Jaan_Tonisson_(Lasteleht), lk 56
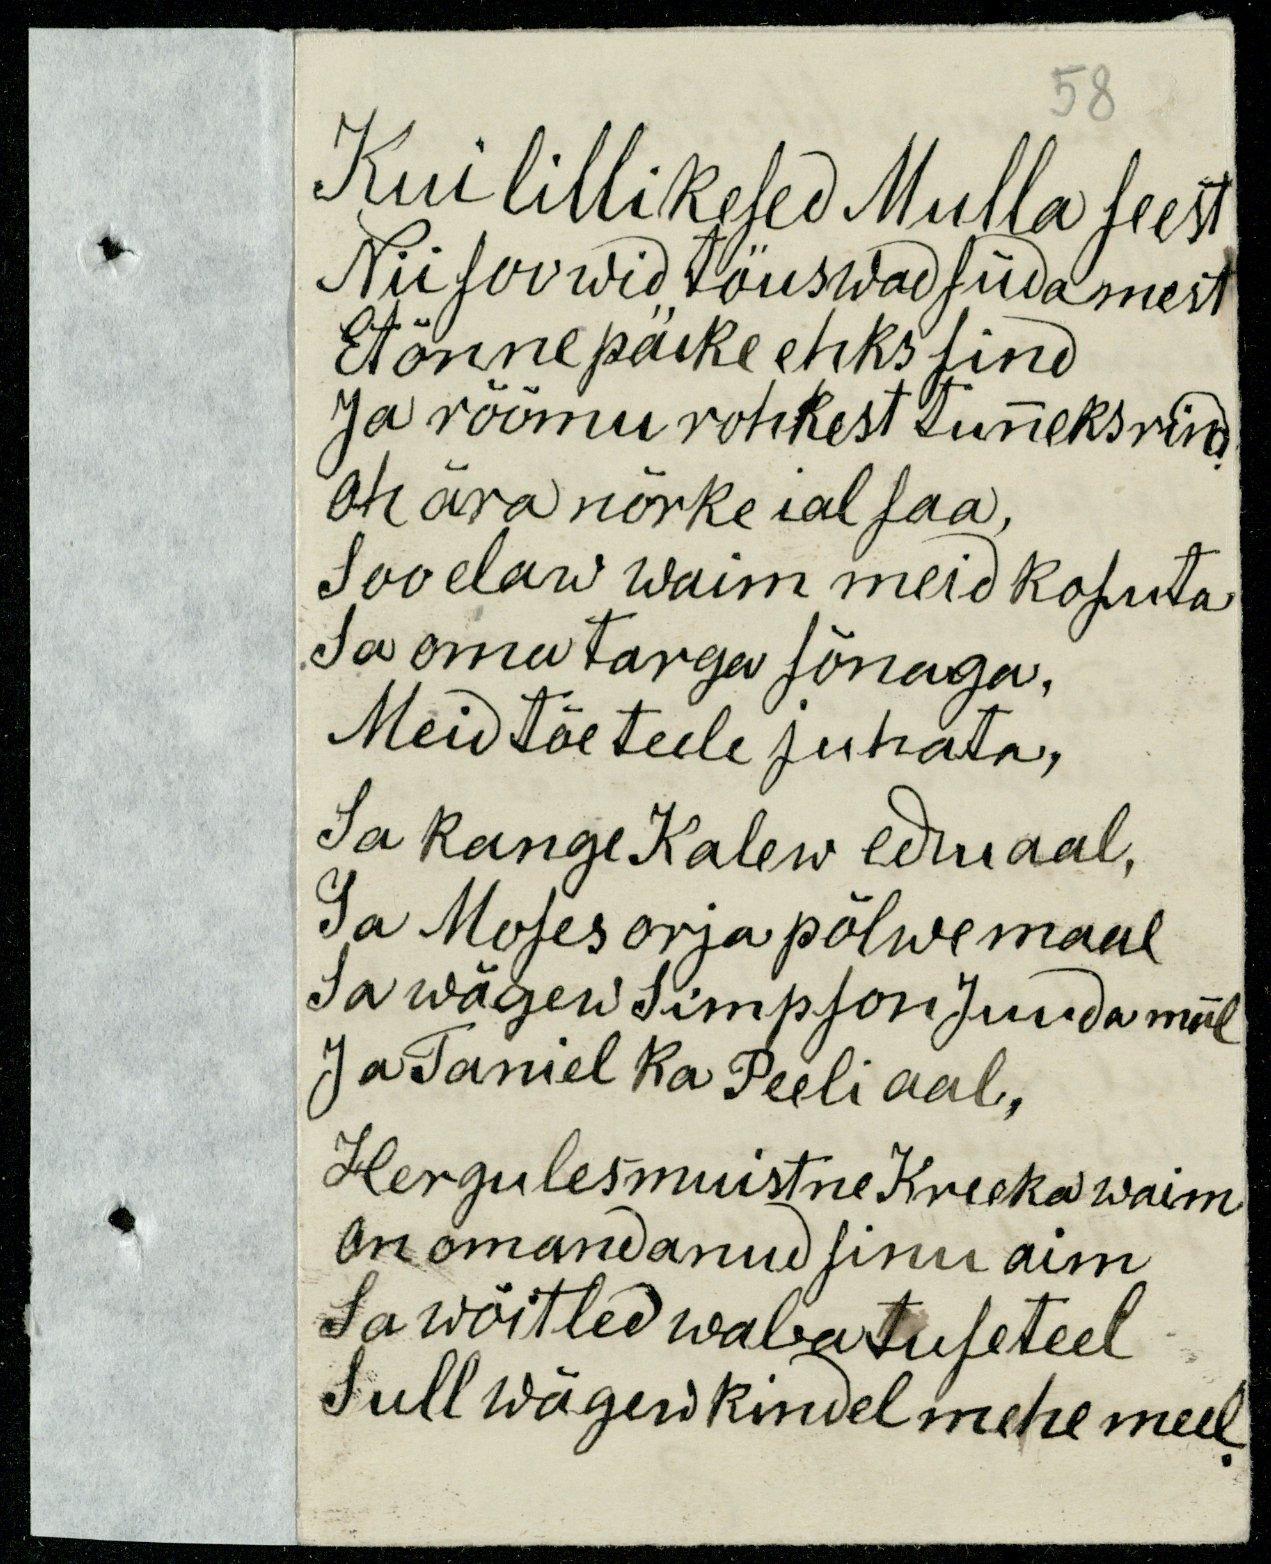
58
Kui lillikesed Mulla seest
Nii soowid tõuswad südamest
Et õnne päike ehks sind
Ja rõõmu rohkest tunneks rind
oh ära nõrke ial saa;
soo elaw waim meid kosuta
Sa oma targa sõnaga,
Meid tõe teele juhata,
Sa kange Kalew eduaal,
Sa Moses orja põlwe maal
Sa wägew Simpson Juuda maal
Ja Taniel Ka Peeli aal,
Hergules muistne Kreeka waim
on omandanud sinu aim
Sa wõitled wabatuseteel
Sull wägew kindel mehe meel